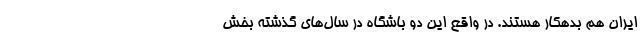
ایران هم بدهکار هستند. در واقع این دو باشگاه در سال‌های گذشته بخش